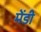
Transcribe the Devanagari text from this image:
मेंडी